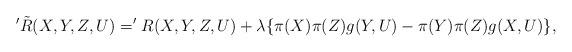
LaTeX: \begin{align*} '\tilde{R}(X, Y, Z, U)='R(X, Y, Z, U)+\lambda\{\pi(X)\pi(Z)g(Y, U)-\pi(Y)\pi(Z)g(X, U)\},\end{align*}